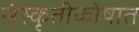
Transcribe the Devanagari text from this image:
संस्कृतीकोषात